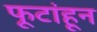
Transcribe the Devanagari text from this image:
फूटांहून